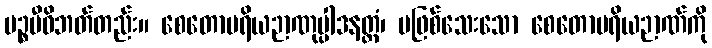
ပဉ္စမီဝိဘတ်တည်း။ စေတောပရိယဉာဏုပ္ပါဒနတ္ထံ၊ မဖြစ်သေးသော စေတောပရိယဉာဏ်ကို